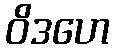
ဝိဒဟေ